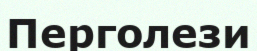
Перголези